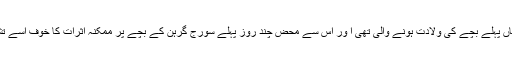
جولائی کے آخر میں اس کے ہاں پہلے بچے کی ولادت ہونے والی تھی ا ور اس سے محض چند روز پہلے سورج گرہن کے بچے پر ممکنہ اثرات کا خوف اسے تشویش میں مبتلا کیے ہوئے تھا۔